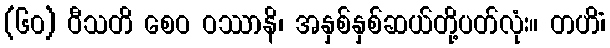
(၆၀) ဝီသတိ စေဝ ဝဿာနိ၊ အနှစ်နှစ်ဆယ်တို့ပတ်လုံး။ တဟိံ၊